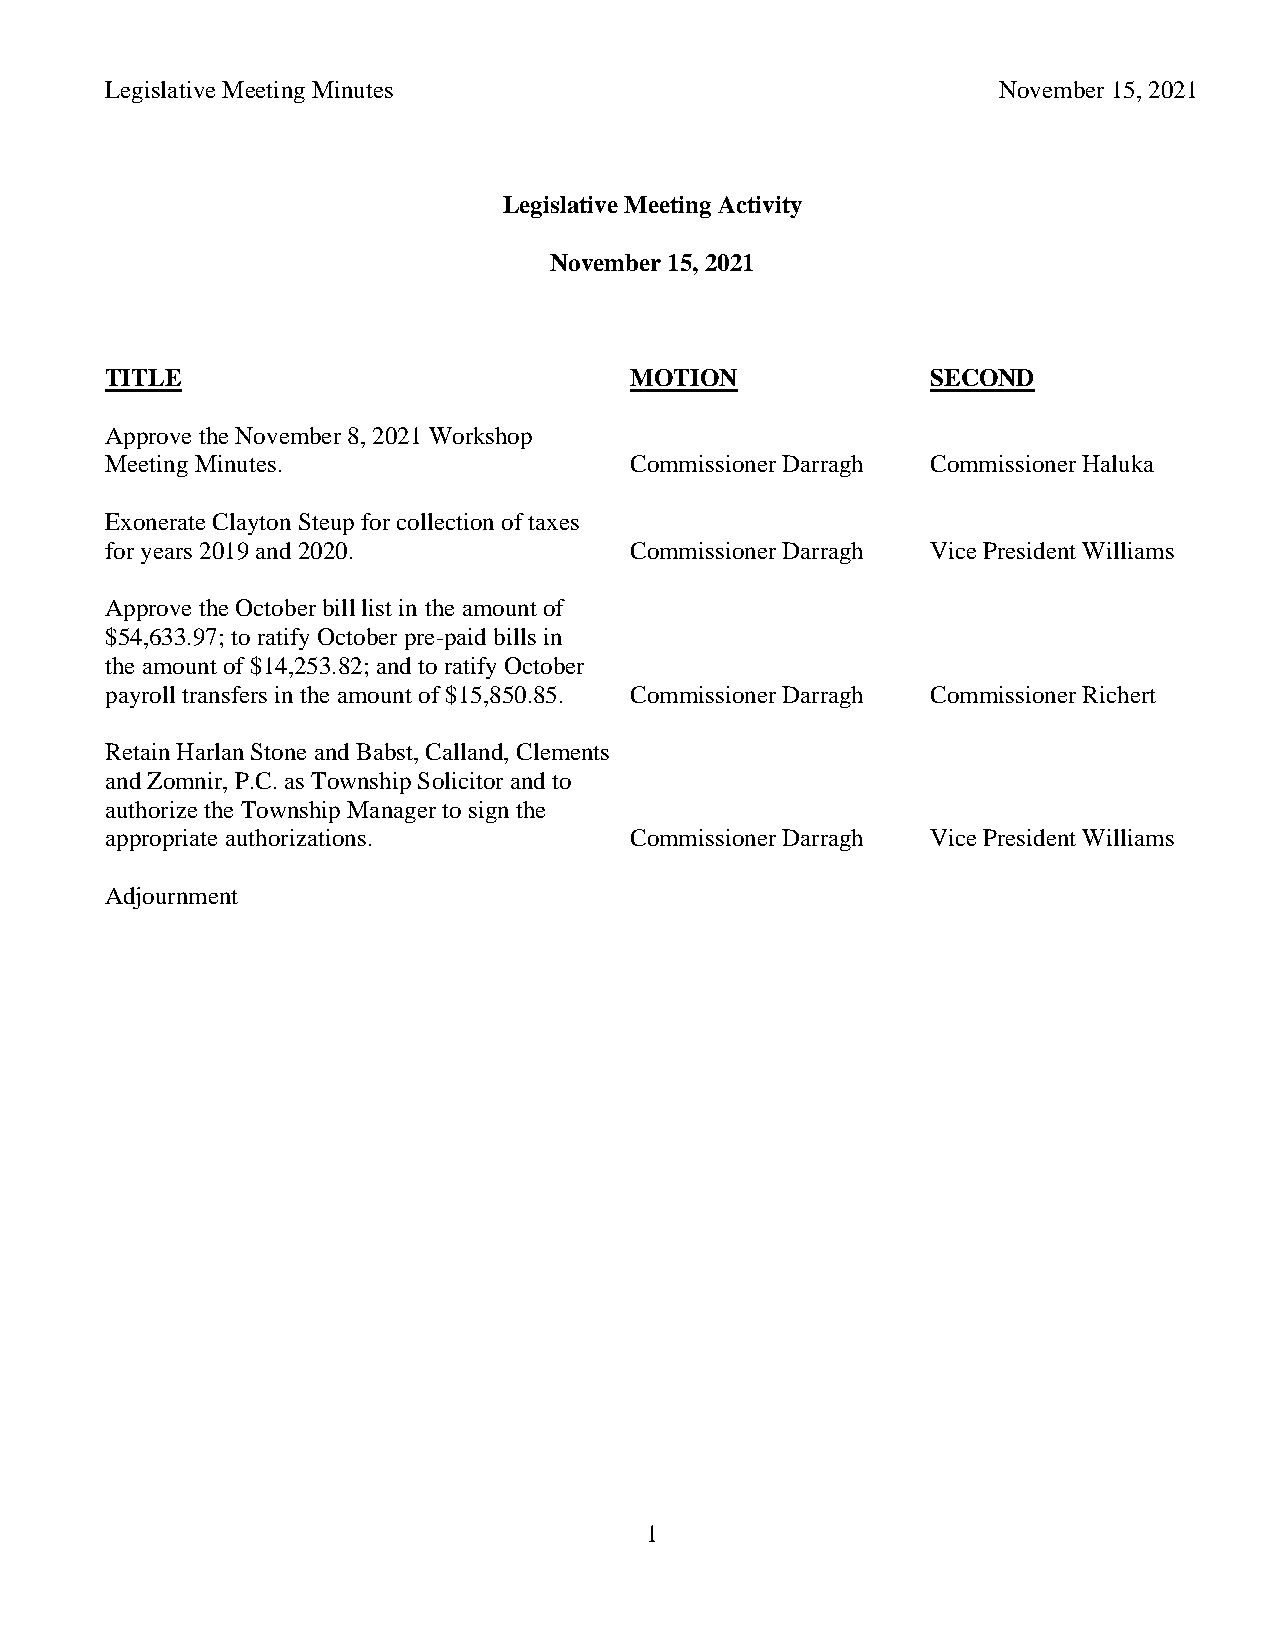
Legislative Meeting Minutes                                November 15, 2021
 Legislative Meeting Activity
 November 15, 2021
 TITLE                              MOTION              SECOND
 Approve the November 8, 2021 Workshop
 Meeting Minutes.                   Commissioner Darragh Commissioner Haluka
 Exonerate Clayton Steup for collection of taxes
 for years 2019 and 2020.           Commissioner Darragh Vice President Williams
 Approve the October bill list in the amount of
 $54,633.97; to ratify October pre-paid bills in
 the amount of $14,253.82; and to ratify October
 payroll transfers in the amount of $15,850.85. Commissioner Darragh Commissioner Richert
 Retain Harlan Stone and Babst, Calland, Clements
 and Zomnir, P.C. as Township Solicitor and to
 authorize the Township Manager to sign the
 appropriate authorizations.        Commissioner Darragh Vice President Williams
 Adjournment
 1